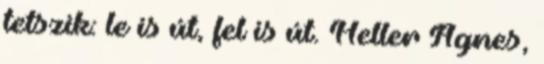
tetszik: le is út, fel is út. Heller Ágnes,